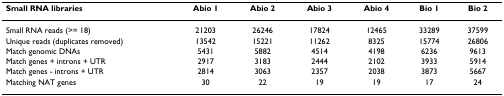
<table><thead><tr><td><b>Small RNA libraries</b></td><td><b>Abio 1</b></td><td><b>Abio 2</b></td><td><b>Abio 3</b></td><td><b>Abio 4</b></td><td><b>Bio 1</b></td><td><b>Bio 2</b></td></tr></thead><tbody><tr><td>Small RNA reads (&gt;= 18)</td><td>21203</td><td>26246</td><td>17824</td><td>12465</td><td>33289</td><td>37599</td></tr><tr><td>Unique reads (duplicates removed)</td><td>13542</td><td>15221</td><td>11262</td><td>8325</td><td>15774</td><td>26806</td></tr><tr><td>Match genomic DNAs</td><td>5431</td><td>5882</td><td>4514</td><td>4198</td><td>6236</td><td>9613</td></tr><tr><td>Match genes + introns + UTR</td><td>2917</td><td>3183</td><td>2444</td><td>2102</td><td>3933</td><td>5914</td></tr><tr><td>Match genes - introns + UTR</td><td>2814</td><td>3063</td><td>2357</td><td>2038</td><td>3873</td><td>5667</td></tr><tr><td>Matching NAT genes</td><td>30</td><td>22</td><td>19</td><td>19</td><td>17</td><td>24</td></tr></tbody></table>